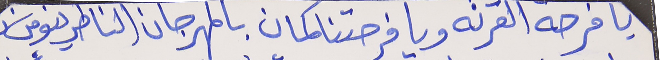
يا فرحة القرنه ويا فرحتنا كمان بالمهرجان الناطرينو من